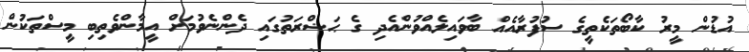
އުޑުން މީރު ކާބޯތަކެތީގެ ސުފުރާއެއް ބާވައިލެއްވުންއެދި ގެ ޙަޟްރަތުގައި ދެންނެވުމަށް އީމާންވެތިބި މީސްތަކުން